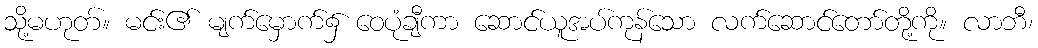
သို့မဟုတ်။ မင်း၏ မျက်မှောက်၌ ဝေပုံချီကာ ဆောင်ယူအပ်ကုန်သော လက်ဆောင်တော်တို့ကို။ လာဘီ၊